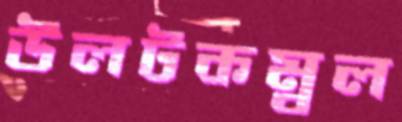
উলটকম্বল